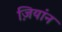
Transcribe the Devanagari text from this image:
ज़ियांन